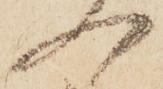
へ